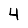
Digit: 4